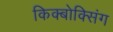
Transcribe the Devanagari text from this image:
किक्बोक्सिंग